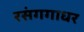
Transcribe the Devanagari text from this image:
रसंगगाधर